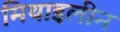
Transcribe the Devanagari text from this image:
मिथाइलीन